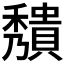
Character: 𥣧